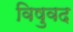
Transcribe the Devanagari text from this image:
विषुवद